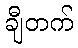
ချီတက်